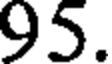
95.